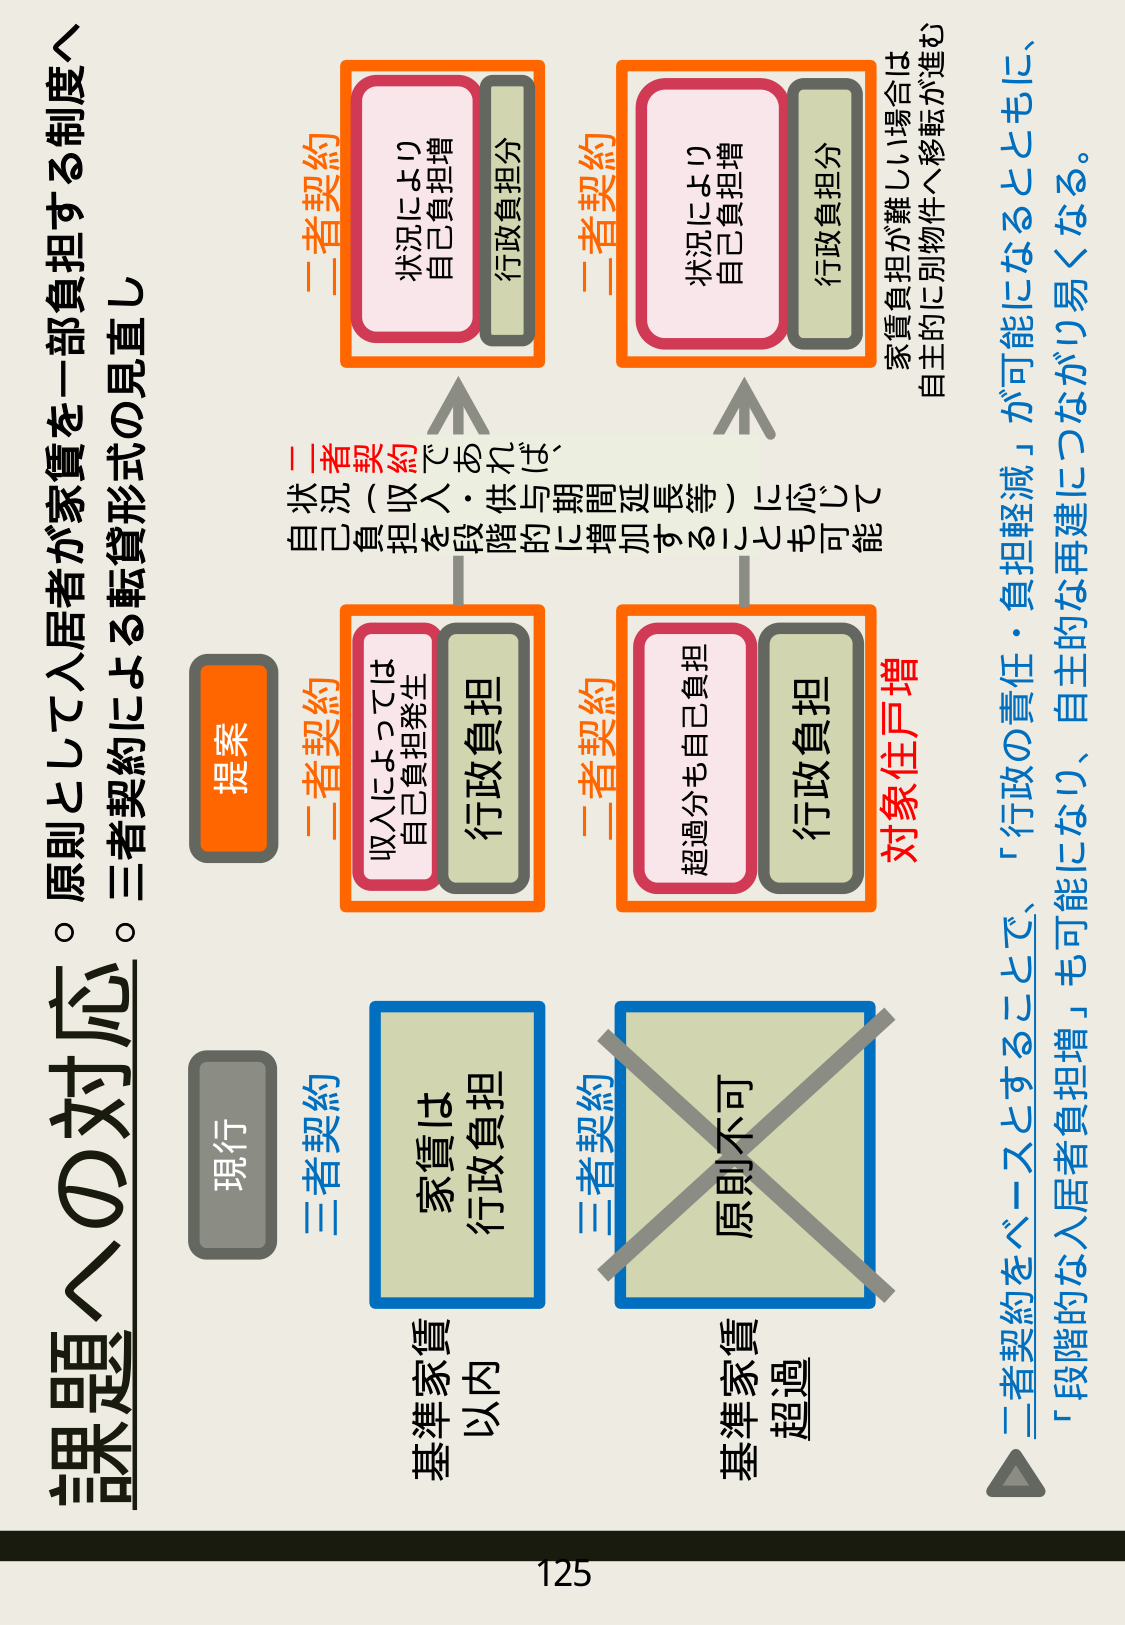
課題への対応。原則として入居者が家賃を一部負担する制度へ
。三者契約による転貸形式の見直し

現行
三者契約
家賃は
行政負担
基準家賃
以内

三者契約
原則不可
基準家賃
超過

提案
二者契約
収入によっては
自己負担発生
行政負担

二者契約
超過分も自己負担
行政負担
対象住戸増

二者契約
状況により
自己負担増
行政負担分

二者契約
状況により
自己負担増
行政負担分

二者契約ベースとすることで、「行政の責任・負担軽減」が可能になるとともに、
「段階的な入居者負担増」も可能になり、自主的な再建につながり易くなる。

※二者契約においては、
自己負担を段階的に増加するのも可能
（収入・提供与期間延長等）

家賃負担が難しい場合は
自主的に別物件へ移転が進む

125